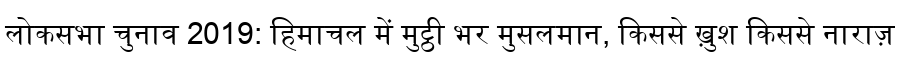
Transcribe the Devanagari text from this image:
लोकसभा चुनाव 2019: हिमाचल में मुट्ठी भर मुसलमान, किससे ख़ुश किससे नाराज़